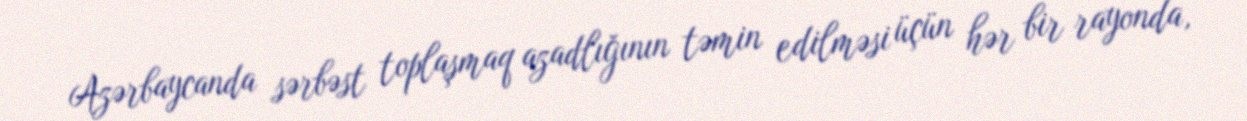
Azərbaycanda sərbəst toplaşmaq azadlığının təmin edilməsi üçün hər bir rayonda,